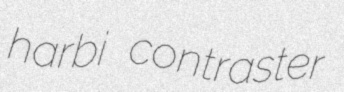
harbi contraster